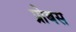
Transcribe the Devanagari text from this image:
प्रोबस